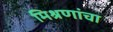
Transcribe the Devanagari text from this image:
मिश्रणांचा